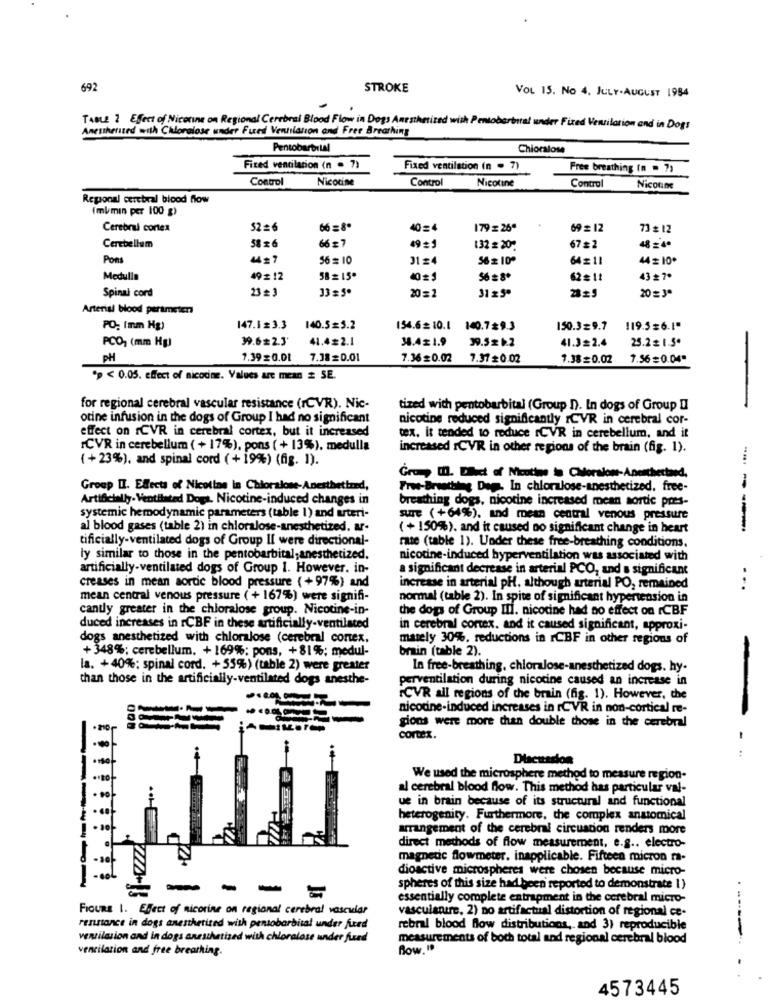
692
STROKE
VOL 15. No 4. JULY.AUGUST 1984
Anesthetsted with Chloralose under Fued Ventilation and Free Breathing
TABLE 2 Effect of Nicenne on Regional Cerebral Blood Flow in Dogs Anestheticed with Pentobartntal under Fired Ventilation and in Dogs
Pentobarbital
Chioralose
Fired ventilacion (n . 7)
Fixed ventilation (n - 7)
Free breathing (n = 7)
Control
Nicotine
Control
Nicotine
Control
Nicotine
Regional cerebral blood flow
(mbmin per 100 g)
Cerebral cortex
52=6
66 =8.
40=4
179 = 26ª
69 = 12
73 # 12
66 7
Cerebellum
58 6
132 = 20℃
67#2
48 =4ª
Pons
44#7
56 = 10
31 =4
56 2 10º
64 211
44 = 10*
Medulla
49= 12
58= 15º
56 =8º
62#11
437ª
Spinal cord
23= 3
33 =5*
31 z 5ª
20=J
20= 2
Arterial blood parameter
PO: (mm Hg)
147.1 = 3.3
140.5=5.2
154.6= 10.1
140.79.3
150.3 = 9.7
119.5= 6.1"
39.6#2.3
41.4#2.1
34.4£1.9
39.5 z b.2
41.3=2.4
25.2 1.5.
PCO, (mm Hg)
PH
1.39= 0.01
7.38=0.01
7.36=0.02
7.37 = 0.02
1.38= 0.02
7.56= 0.04"
* < 0.05. effect of nicotine. Values are mean = SE.
for regional cerebral vascular resistance (rCVR). Nic-
tized with pentobarbital (Group D). In dogs of Group Il
otine infusion in the dogs of Group I had no significant
nicotine reduced significantly rCVR in cerebral cor-
effect on rCVR in cerebral cortex, but it increased
tex. it tended to reduce rCVR in cerebellum, and it
CVR in cerebellum ( + 17%), pons ( + 13%). medulla
increased rCVR in other regions of the brain (fig. 1).
(+23%), and spinal cord (+19%) (fig. 1).
Graz, m. Elleet of Mentine in Corsione-Aneschettaed.
Group II. Effects of Nicotine in Chloralone-Anesthetired,
Pros-Breathing Deg. In chloralose-anesthetized, free-
Artificially. Ventilated Dogs. Nicotine-induced changes in
breathing dogs, nicotine increased mean sortie pres-
systemic hemodynamic parameters (table 1) and arteri-
suTE (+64%), and mean central venous pressure
al blood gases (table 2) in chloralose-anesthetized. a.
( + 150%). and it caused no significant change in heart
----
tificially-ventilated dogs of Group Il were directional-
rate (table 1). Under these free-breathing conditions.
ly similar to those in the pentobarbital,anesthetized.
nicotine-induced hyperventilation was associated with
artificially-ventilated dogs of Group 1. However. in-
a significant decrease in arterial PCO, and a significant
creases in mean aortic blood pressure (+97%) and
increase in arterial pH, although arterial PO, remained
...
mean central venous pressure ( +167%) were signifi-
normal (table 2). In spite of significant hypertension in
cantly greater in the chloralose group. Nicotine-in-
the dogs of Group III. nicotine had no effect on ICBF
duced increases in rCBF in these artificially-ventilated
in cerebral cortex. and it caused significant, approxi-
dogs anesthetized with chloralose (cerebral cortex,
mately 30%. reductions in ICBF in other regions of
+ 348%; cerebellum. +169%; pons, +81%; medul-
brain (table 2).
la. +40%; spinal cord. +55%) (table 2) were greater
In free-breathing, chloralose-anesthetized dogs. hy-
than those in the artificially-ventilated dogs anesthe-
perventilation during nicotine caused an increase in
CVR all regions of the brain (fig. 1). However, the
nicotine-induced increases in rCVR in non-cortical re-
gions were more than double those in the cerebral
cortex.
Discussion
We used the microsphere method to measure region-
al cerebral blood flow. This method has particular val-
ue in brain because of its structural and functional
heterogenity. Furthermore, the complex anatomical
arrangement of the cerebral circuation renders more
direct methods of flow measurement, e.g .. electro-
-so
magnetic flowmeter. inapplicable. Fifteen micron fa-
dioactive microspheres were chosen because micro-
-
-
-
spheres of this size had been reported to demonstrate 1)
essentially complete entrapment in the cerebral micro-
FIGURE 1. Effect of nicotine on regional cerebral vascular
vasculanure, 2) no artifactual distortion of regional ce-
rennance in dogs anesthetited with pentobarbital under fired
rebral blood flow distributions, and 3) reproducible
ventilation and in dogs anesthetized with chloralose under fiad
measurements of both total and regional cerebral blood
ventilation and free breathing.
Row. "
4573445